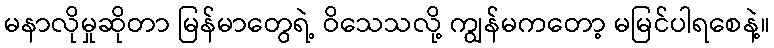
မနာလိုမှုဆိုတာ မြန်မာတွေရဲ့ ဝိသေသလို့ ကျွန်မကတော့ မမြင်ပါရစေနဲ့။